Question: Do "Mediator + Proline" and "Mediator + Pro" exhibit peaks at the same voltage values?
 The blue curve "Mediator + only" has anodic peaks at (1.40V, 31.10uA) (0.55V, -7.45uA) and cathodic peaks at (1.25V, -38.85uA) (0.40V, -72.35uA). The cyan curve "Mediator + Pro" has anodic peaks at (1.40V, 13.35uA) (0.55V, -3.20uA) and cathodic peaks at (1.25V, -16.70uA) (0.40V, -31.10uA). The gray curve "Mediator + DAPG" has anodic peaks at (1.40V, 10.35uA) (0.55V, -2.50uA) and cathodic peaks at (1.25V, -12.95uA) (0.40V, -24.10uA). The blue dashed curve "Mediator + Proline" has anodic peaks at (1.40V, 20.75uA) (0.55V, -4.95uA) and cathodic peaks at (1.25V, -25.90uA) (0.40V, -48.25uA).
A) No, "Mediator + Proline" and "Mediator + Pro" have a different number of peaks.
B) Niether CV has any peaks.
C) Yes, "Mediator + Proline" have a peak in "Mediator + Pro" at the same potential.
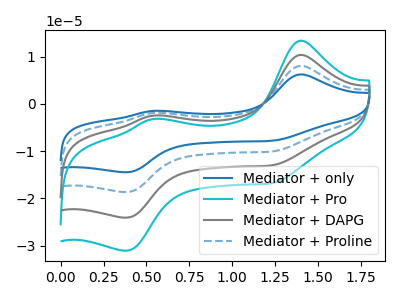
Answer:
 <answer>C) Yes, "Mediator + Proline" have a peak in "Mediator + Pro" at the same potential.</answer>
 <eval>C</eval>